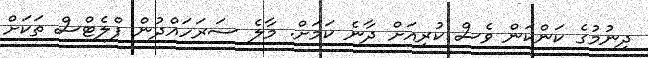
ދިނުމުގެ ކަންކަން ވެސް ކުރިއަށް ދާނެ ކަމަށް. މާލެ ސަރަހައްދުން ފްލެޓްސް ތަކަށް